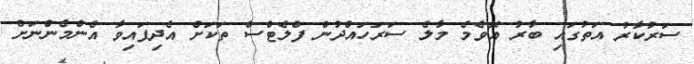
ސަރުކާރު އަތުގައި ބާރު އޮވެމެ މާލެ ސަރަހައްދުން ފްލެޓްސް ތަކަށް އެދިފައިވާ އެންމެންނަށް